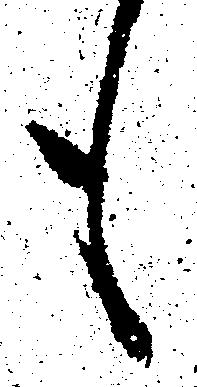
も